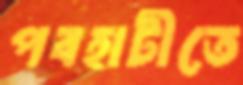
পবহাটীতে